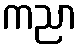
ကညာ